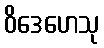
ဝိဒေဟေသု